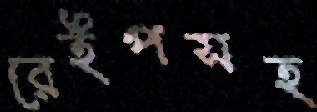
রেইপসহ